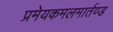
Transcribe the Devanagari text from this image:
प्रमेयकमलमार्तण्ड